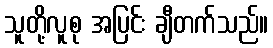
သူတို့လူစု အပြင်း ချီတက်သည်။